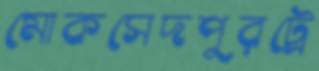
মোকসেদপুরট্রে